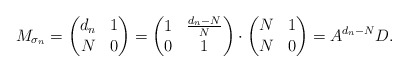
\begin{align*}M_{\sigma_n}= \begin{pmatrix}d_n & 1 \\N & 0 \end{pmatrix} = \begin{pmatrix}1 & \frac{d_n - N}{N}\\0 & 1\end{pmatrix}\cdot \begin{pmatrix}N & 1 \\N & 0\end{pmatrix}= A^{d_n-N}D. \end{align*}